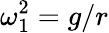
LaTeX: \omega_{1}^{2}=g/r